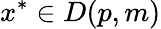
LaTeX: x^{*}\in D(p,m)